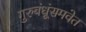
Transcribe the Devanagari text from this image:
गुरुबंधूंसमवेत